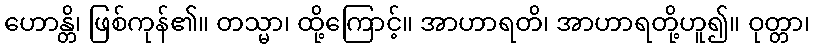
ဟောန္တိ၊ ဖြစ်ကုန်၏။ တသ္မာ၊ ထို့ကြောင့်။ အာဟာရတိ၊ အာဟာရတို့ဟူ၍။ ဝုတ္တာ၊